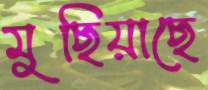
মুছিয়াছে